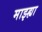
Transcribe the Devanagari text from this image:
माझ्ह्या